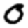
Digit: 0